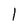
Character: l